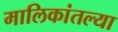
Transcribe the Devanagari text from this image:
मालिकांतल्या